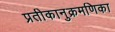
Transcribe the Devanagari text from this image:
प्रतीकानुक्रमणिका